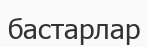
бастарлар